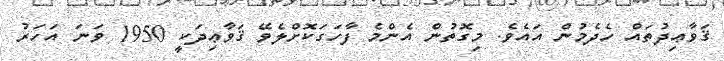
ޤަވާޢިދުތައް ހެދެމުން އައެވެ. މިގޮތުން އެންމެ ފާހަގަކޮށްލެވޭ ޤަވާޢިދަކީ 1950 ވަނަ އަހަރު